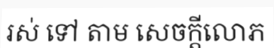
រស់ ទៅ តាម សេចក្តីលោភ